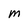
Character: M